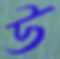
উ